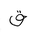
Letter: _qaf